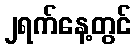
၂ရက်နေ့တွင်